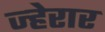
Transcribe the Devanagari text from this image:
ज्हेरार